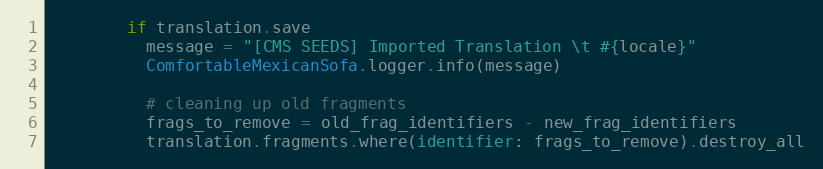
Language: Ruby
        if translation.save
          message = "[CMS SEEDS] Imported Translation \t #{locale}"
          ComfortableMexicanSofa.logger.info(message)

          # cleaning up old fragments
          frags_to_remove = old_frag_identifiers - new_frag_identifiers
          translation.fragments.where(identifier: frags_to_remove).destroy_all